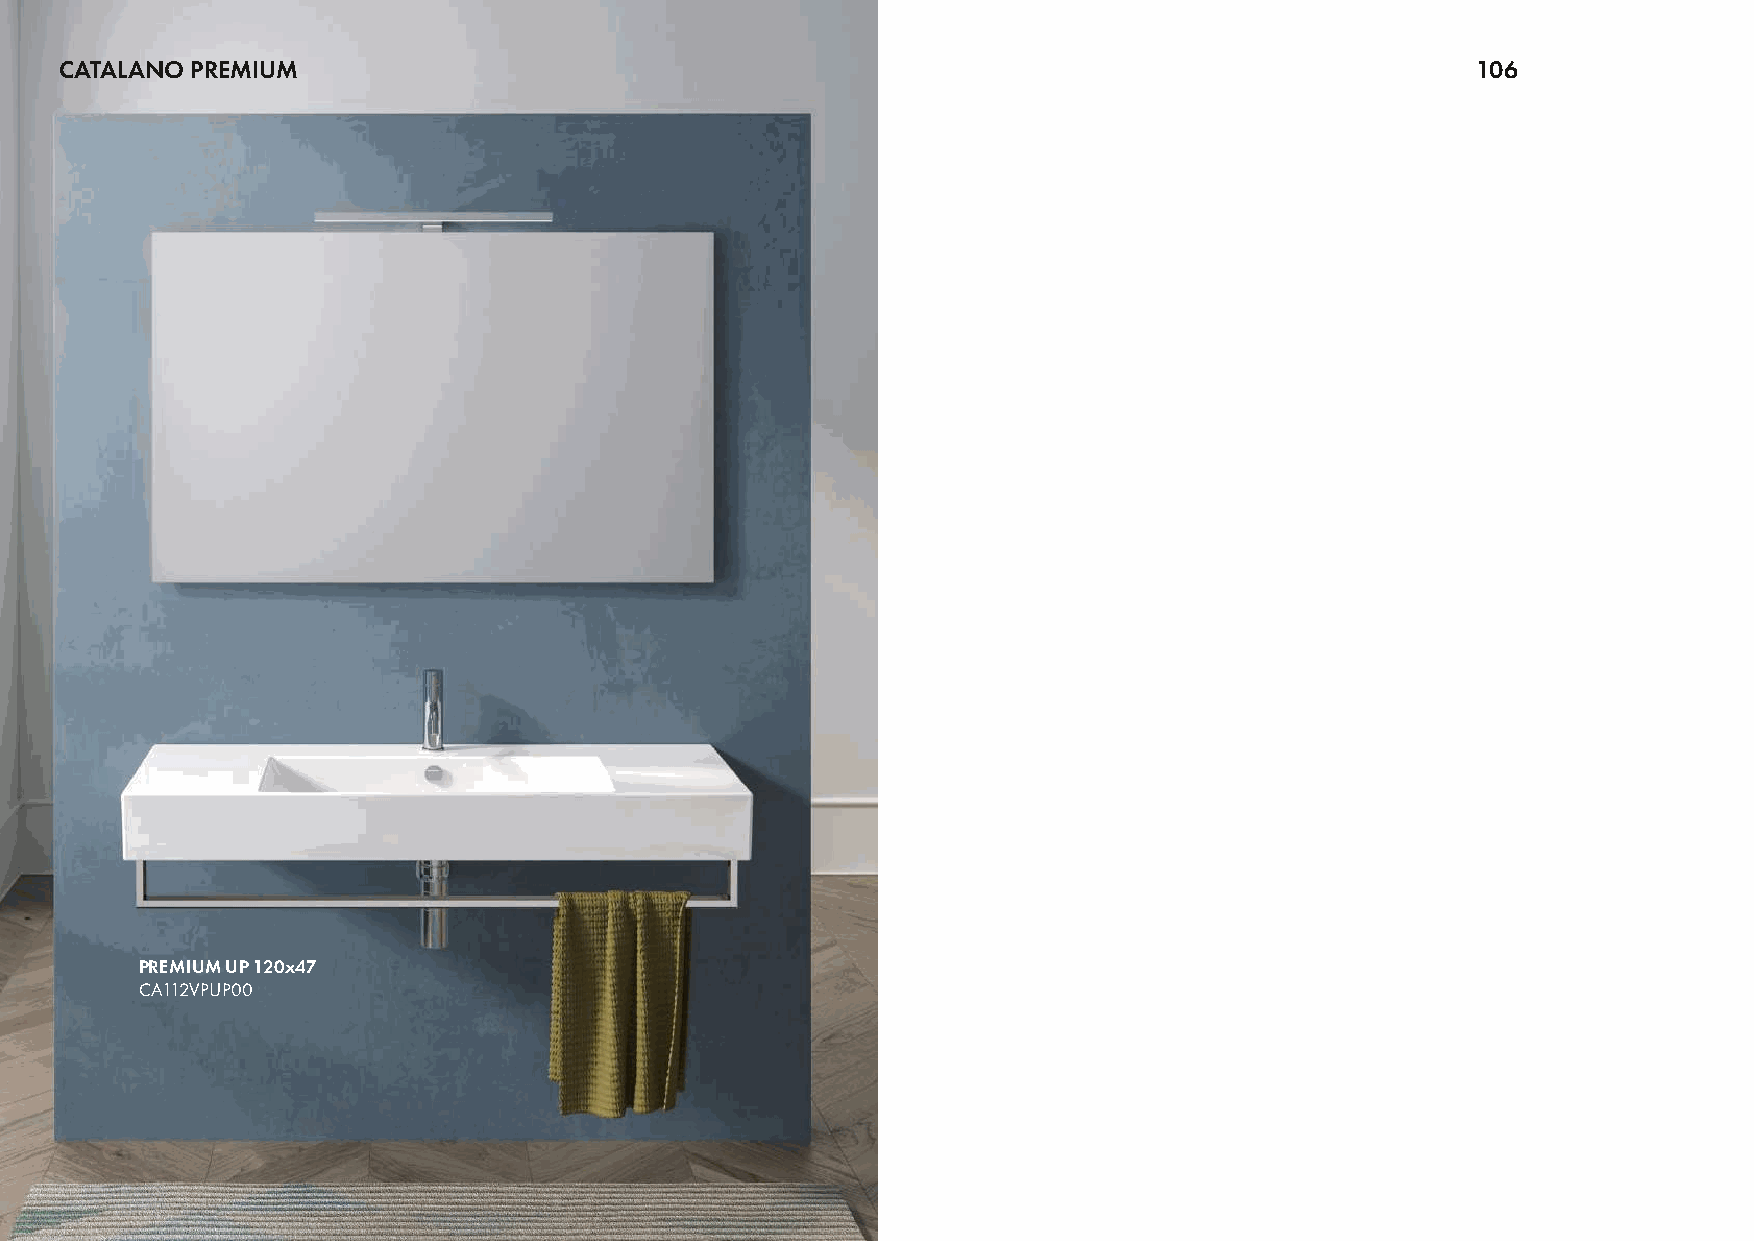
CATALANO PREMIUM                                                                              106
 PREMIUM UP 120x47
 CA112VPUP00